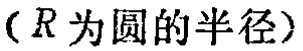
（\(R\)为圆的半径）